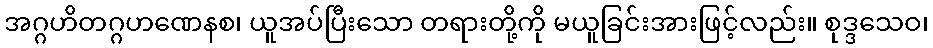
အဂ္ဂဟိတဂ္ဂဟဏေနစ၊ ယူအပ်ပြီးသော တရားတို့ကို မယူခြင်းအားဖြင့်လည်း။ စုဒ္ဒသေဝ၊